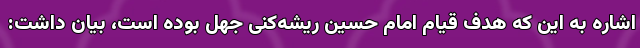
اشاره به این که هدف قیام امام حسین ریشه‌کنی جهل بوده است، بیان داشت: